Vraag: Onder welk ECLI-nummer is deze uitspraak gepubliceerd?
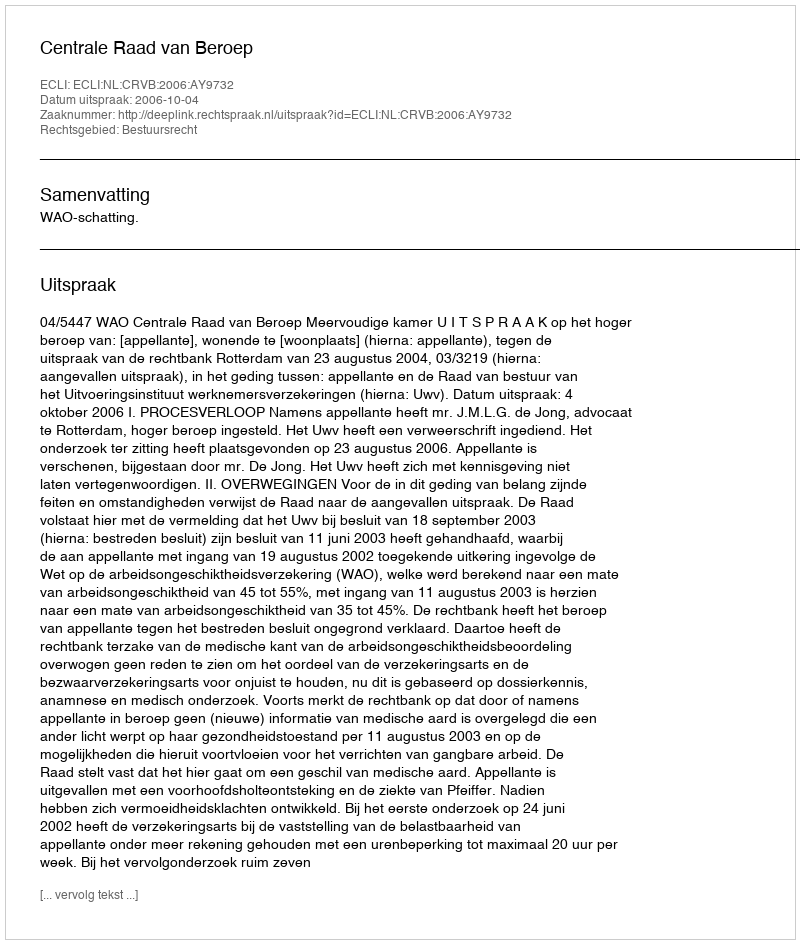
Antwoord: ECLI:NL:CRVB:2006:AY9732